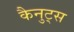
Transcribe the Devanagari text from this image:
कैनुट्स